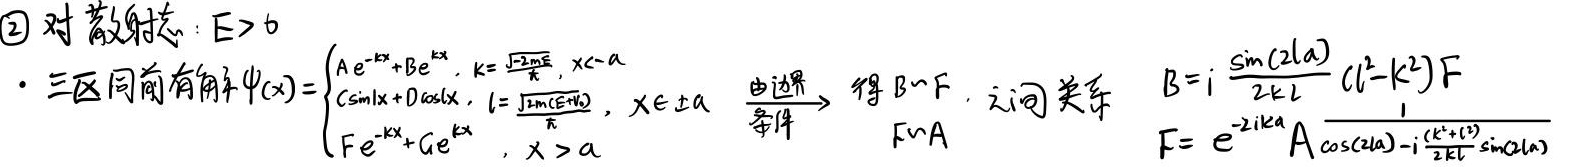
(2) 对散射态：$E > 0$。
- 三区同前有解$\psi(x)=\begin{cases}Ae^{-kx}+Be^{kx}, & k = \frac{\sqrt{2mE}}{\hbar}, x < -a \\ C\sin lx + D\cos lx, & l = \frac{\sqrt{2m(E + V_0)}}{\hbar}, x \in [-a,a] \\ Fe^{-kx}+Ge^{kx}, & x > a\end{cases}$ 。由边界条件 $\rightarrow$ 得 $B\sim F$，$F\sim A$ 之间关系：
$B = i\frac{\sin(2la)}{2kl}(l^2 - k^2)F$
$F = e^{-2ika}A\frac{1}{\cos(2la)-i\frac{(k^2 + l^2)}{2kl}\sin(2la)}$